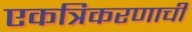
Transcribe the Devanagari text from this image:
एकत्रिकरणाची